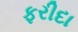
ફરીદા